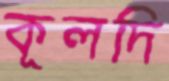
কূলদি